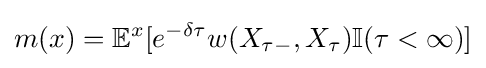
m(x)=\mathbb {E} ^{x}[e^{-\delta \tau }w(X_{\tau -},X_{\tau })\mathbb {I} (\tau <\infty )]